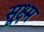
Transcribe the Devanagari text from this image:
सू़क्ष्म